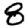
Digit: 8